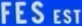
FES EST